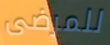
للمرضى